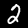
Label: 2